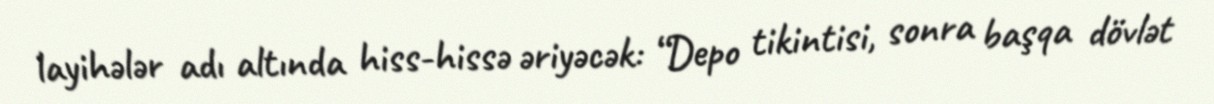
layihələr adı altında hiss-hissə əriyəcək: “Depo tikintisi, sonra başqa dövlət